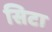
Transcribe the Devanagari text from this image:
सिटा